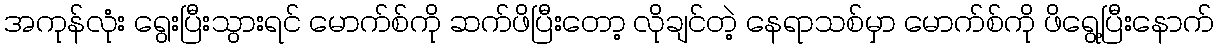
အကုန်လုံး ရွေးပြီးသွားရင် မောက်စ်ကို ဆက်ဖိပြီးတော့ လိုချင်တဲ့ နေရာသစ်မှာ မောက်စ်ကို ဖိရွေ့ပြီးနောက်